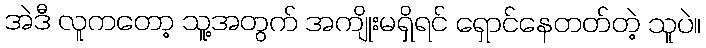
အဲဒီ လူကတော့ သူ့အတွက် အကျိုးမရှိရင် ရှောင်နေတတ်တဲ့ သူပဲ။